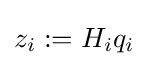
z_{i}:=H_{i}q_{i}